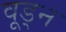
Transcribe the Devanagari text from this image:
वूड्न